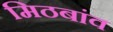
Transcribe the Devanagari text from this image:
मिठबांव